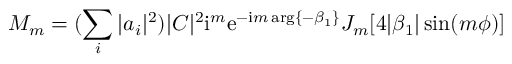
M _ { m } = ( \sum _ { i } | a _ { i } | ^ { 2 } ) | C | ^ { 2 } \mathrm { i } ^ { m } \mathrm { e } ^ { - \mathrm { i } m \, \mathrm { a r g } \{ - \beta _ { 1 } \} } J _ { m } [ 4 | \beta _ { 1 } | \sin ( m \phi ) ]